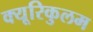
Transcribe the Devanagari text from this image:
क्यूरिकुलम